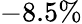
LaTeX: -8.5\%